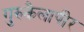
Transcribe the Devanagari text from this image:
गुरुकैलापीर